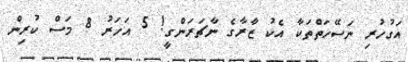
އަގުހުރި ނަސޭހަތްތަކާ އެކު ޒާރާގެ ނާޗަރަންގީ! 5 އަހަރު 8 މަސް ކުރިން